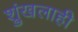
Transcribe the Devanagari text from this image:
श्रुंखलाही